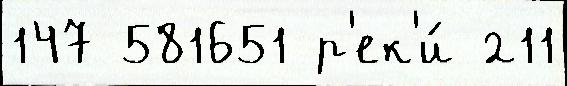
147 581651 р'ек'и́ 211